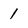
Character: 1